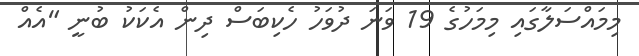
މިމައްސަލާގައި މިމަހުގެ 19 ވަަނަ ދުވަހު ހެކިބަސް ދިން އެކަކު ބުނީ "އެއް